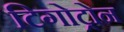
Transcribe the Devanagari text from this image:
टिगोट्रोन